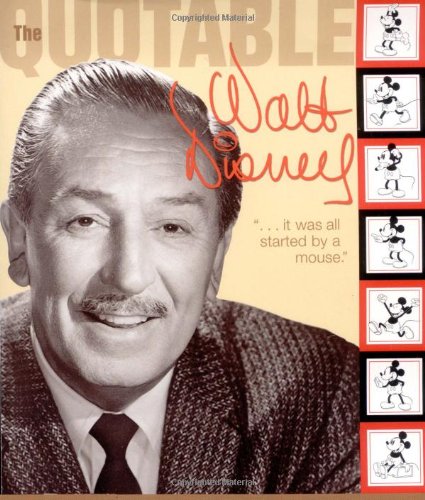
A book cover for Quotable Walt Disney (Disney Editions Deluxe); Disney Book Group; Humor & Entertainment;